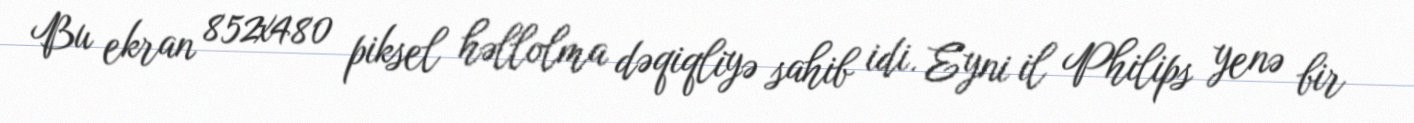
Bu ekran 852x480 piksel həllolma dəqiqliyə sahib idi. Eyni il Philips yenə bir